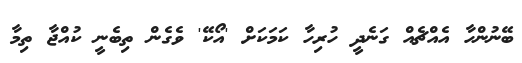
ބޭނުންހާ އެއްޗެއް ގަނެދީ ހުރިހާ ކަމަކަށް 'އޯކޭ' ވެގެން ތިބެނީ ކުއްޖާ ތިމާ